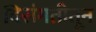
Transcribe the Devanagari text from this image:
विसंगतीतून